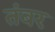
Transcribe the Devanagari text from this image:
तंबर